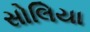
સોલિયા